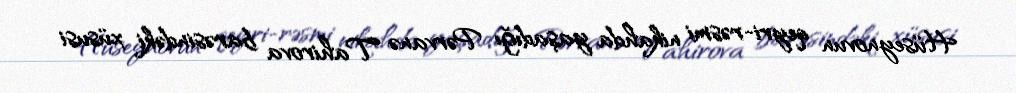
Hüseynovun qeyri-rəsmi nikahda yaşadığı Pərvanə Tahirova barəsindəki xüsusi